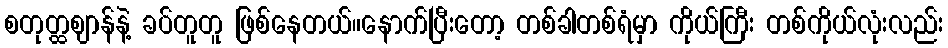
စတုတ္ထဈာန်နဲ့ ခပ်တူတူ ဖြစ်နေတယ်။နောက်ပြီးတော့ တစ်ခါတစ်ရံမှာ ကိုယ်ကြီး တစ်ကိုယ်လုံးလည်း